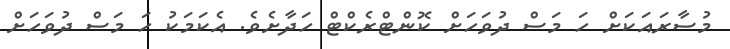
މުސާރައަކަށް ހަ މަސް ދުވަހަށް ކޮންޓްރެކްޓް ހަދާށެވެ. އެކަމަކު ހަ މަސް ދުވަހަށް